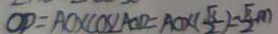
O D = A O \times \cos \angle A C D = A O \times ( \frac { \sqrt { 3 } } { 2 } ) = \frac { \sqrt { 3 } } { 2 } m